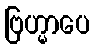
ဗြဟ္မာပေ